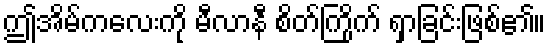
ဤအိမ်ကလေးကို မီလာနီ စိတ်ကြိုက် ရှာခြင်းဖြစ်၏။